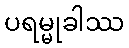
ပရမ္မုခါဿ